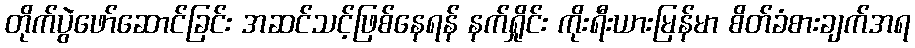
တိုက်ပွဲဖော်ဆောင်ခြင်း အဆင်သင့်ဖြစ်နေရန် နက်ရှိုင်း ကိုးရီးယားမြန်မာ စိတ်ခံစားချက်အရ